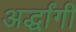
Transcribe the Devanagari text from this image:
अर्द्धांगी